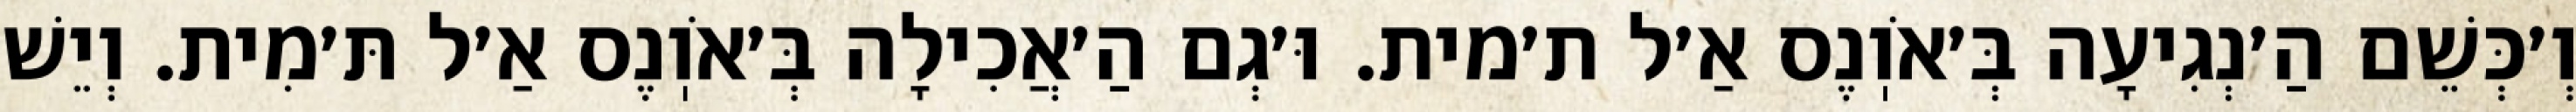
וְ׳כְּשֵׁם הַ׳נְגִיעָה בְּ׳אֹוֽנֶס אַ׳ל ת׳מית. וּ׳גְם הַ׳אֲכִילָה בְּ׳אֹוֽנֶס אַ׳ל תּ׳מִית. וְיֵשׁ